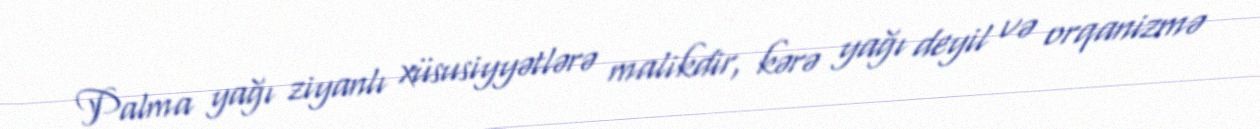
Palma yağı ziyanlı xüsusiyyətlərə malikdir, kərə yağı deyil və orqanizmə